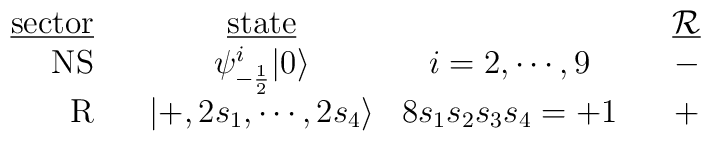
\begin{array}{r c c c c c}\mbox{\underline{sector}}&{}&\mbox{\underline{state}}&{}&{}&\mbox{\underline{${\cal R}$}}\\\mbox{NS}&{}&\psi^i_{-{1\over 2}}|0\rangle&i=2,\cdots,9&{}&-\\\mbox{R}&{}&|+,2s_1,\cdots,2s_4\rangle&8s_1s_2s_3s_4=+1&{}&+\\\end{array}